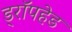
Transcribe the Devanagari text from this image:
ड्रॉपहेड